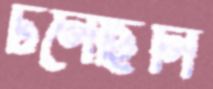
ঢলেছিলি